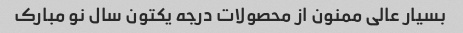
بسیار عالی ممنون از محصولات درجه یکتون سال نو مبارک